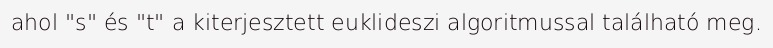
ahol "s" és "t" a kiterjesztett euklideszi algoritmussal található meg.